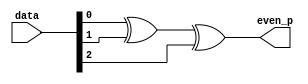
`timescale 1ns / 1ps
//////////////////////////////////////////////////////////////////////////////////
// Company: 
// Engineer: 
// 
// Design Name: 
// Module Name: even_parity
// Project Name: 
// Target Devices: 
// Tool Versions: 
// Description: 
// 
// Dependencies: 
// 
// Revision:
// Revision 0.01 - File Created
// Additional Comments:
// 
//////////////////////////////////////////////////////////////////////////////////


module even_parity(data,even_p);
        
         input [2:0] data;
         output even_p;
         
          assign even_p = data[0]^data[1]^data[2];
endmodule